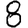
Digit: 8